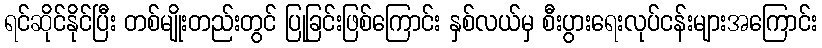
ရင်ဆိုင်နိုင်ပြီး တစ်မျိုးတည်းတွင် ပြုခြင်းဖြစ်ကြောင်း နှစ်လယ်မှ စီးပွားရေးလုပ်ငန်းများအကြောင်း